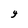
Character: Y